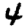
Digit: 4